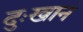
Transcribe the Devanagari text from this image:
दुःखानं